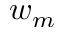
w _ { m }